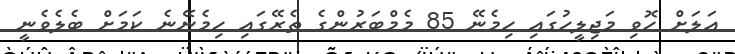
އަލަށް ހޮވި މަޖިލީހުގައި ހިމެނޭ 85 މެމްބަރުންގެ ތެރޭގައި ހިމެނޭނެ ކަމަށް ބެލެވެނީ